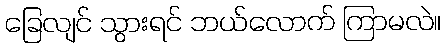
ခြေလျင် သွားရင် ဘယ်လောက် ကြာမလဲ။